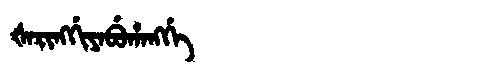
Manchu: ᡧᠠᡵᡳᠩᡤᡳᠶᠠᠪᡠᡥᠠᠩᡤᡝ
Romanization: ŠARINGGIYABUHANGGE